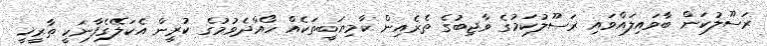
ރަސޫލުކަން ބާވައިލައްވައި ރަސޫލުކަމުގެ ވާޖިބުގެ ތެރެއިން ކާމިޔަބީތަކެއް ހޯއްދެވުމުގެ ކުރީން އެކަލޭގެފާނަކީ ތާރީޚީ